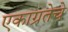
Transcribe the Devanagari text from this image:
एकाग्रतेचे